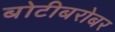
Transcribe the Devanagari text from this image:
बोटीबरोबर